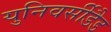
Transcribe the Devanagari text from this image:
युनिवर्सीडैड